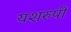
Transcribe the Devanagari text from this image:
यशरुपी